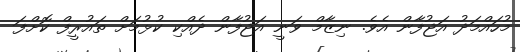
މުހައްމަދު އަޖުފާން އެވެ. ނިޒާމް ވަނީ އަޖުފާން ދެއްކި ކުޅުމަށް ތައުރީފް ކޮށްފަ